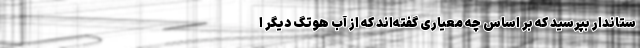
ستاندار بپرسید که بر اساس چه معیاری گفته‌اند که از آب هوتگ دیگر ا